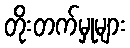
တိုးတက်မှုများ